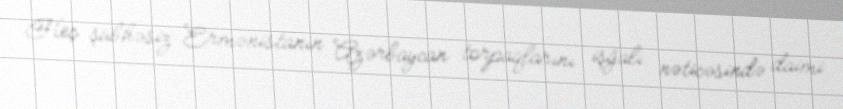
Heç şübhəsiz Ermənistanın Azərbaycan torpaqlarını işğalı nəticəsində daimi